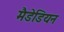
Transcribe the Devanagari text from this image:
मैडेडियन